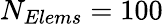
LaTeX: N_{Elems}=100